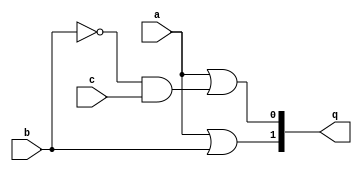
`timescale 1ns / 1ps
//////////////////////////////////////////////////////////////////////////////////
// Company: 
// Engineer: 
// 
// Design Name: 
// Module Name:    gatelevel 
// Project Name: 
// Target Devices: 
// Tool versions: 
// Description: 
//
// Dependencies: 
//
// Revision: 
// Revision 0.01 - File Created
// Additional Comments: 
//
//////////////////////////////////////////////////////////////////////////////////
module gatelevel(
    input a,
    input b,
    input c,
	 output [1:0]q
    );
	 wire w1,w2;
	or n1(q[1],a,b); // q[1] = a + b
	not n2(w1,b); 	// w1 = ~b
	and n3(w2,w1,c); // w2 = w1 & c
	or n4(q[0],a,w2); // q[0] = a + w2

endmodule